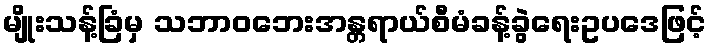
မျိုးသန့်ခြံမှ သဘာဝဘေးအန္တရာယ်စီမံခန့်ခွဲရေးဥပဒေဖြင့်